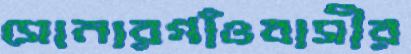
সোনারগাঁওবাসীর